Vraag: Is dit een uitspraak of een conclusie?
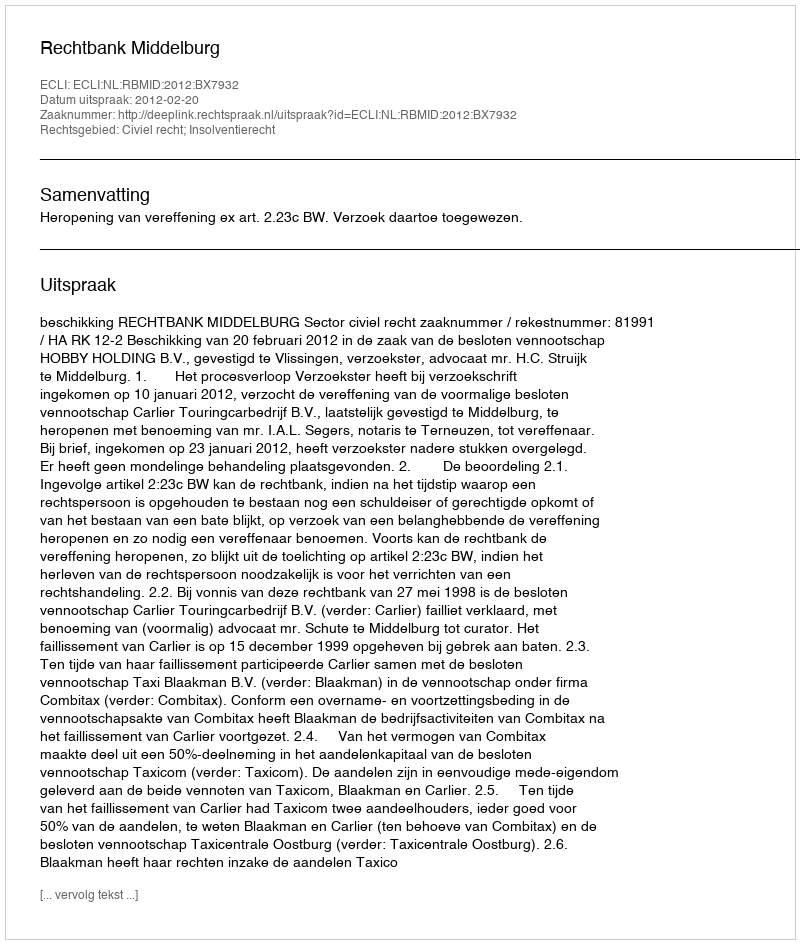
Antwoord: Uitspraak